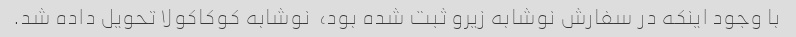
با وجود اینکه در سفارش نوشابه زیرو ثبت شده بود، ‌ نوشابه کوکاکولا تحویل داده شد.